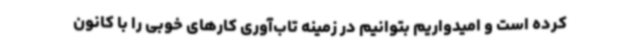
کرده است و امیدواریم بتوانیم در زمینه تاب‌آوری کارهای خوبی را با کانون